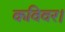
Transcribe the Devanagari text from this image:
कविवर।